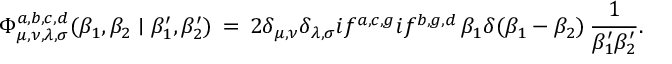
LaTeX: \Phi _ { \mu , \nu , \lambda , \sigma } ^ { a , b , c , d } ( \beta _ { 1 } , \beta _ { 2 } \mid \beta _ { 1 } ^ { \prime } , \beta _ { 2 } ^ { \prime } ) \, = \, 2 \delta _ { \mu , \nu } \delta _ { \lambda , \sigma } i f ^ { a , c , g } i f ^ { b , g , d } \, \beta _ { 1 } \delta ( \beta _ { 1 } - \beta _ { 2 } ) \, \frac 1 { \beta _ { 1 } ^ { \prime } \beta _ { 2 } ^ { \prime } } .